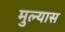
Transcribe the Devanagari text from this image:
मुल्यास